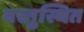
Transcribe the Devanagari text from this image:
वस्तुस्थित